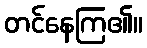
တင်နေကြ၏။